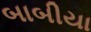
બાબીયા